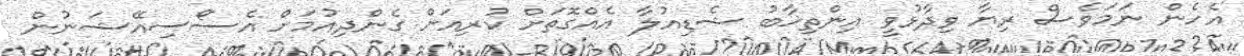
އެހެން ނަމަވެސް ރިޔާ ވިދާޅުވީ އިންތިޚާބު ޝެޑިއުލާ އެއްގޮތަށް ކުރިއަށް ގެންދިއުމަށް އެސޯސިއޭޝަނުން